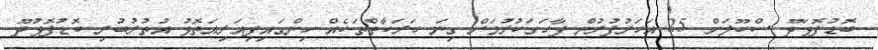
ބޮޑުފޮޅަދޫ ސްކޫލަށް 25 އަހަރުފުރުން ފާހަގަކުރުމަށް ގިނަ ހަރަކާތްތަކެއް ހިންގައިފިއަރިއަތޮޅު އުތުރުބުރި ބޮޑުފޮޅުދޫ